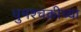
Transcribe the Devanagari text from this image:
धुमश्चक्रीच्या